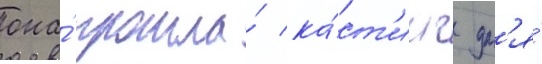
она́ прошла́ ка́ст'инг дл'я́